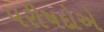
પરીષદોએ